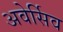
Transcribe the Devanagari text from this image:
अवेर्सिव